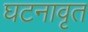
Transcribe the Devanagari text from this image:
घटनावृत